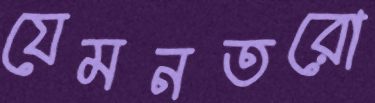
যেমনতরো